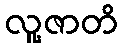
လူ့ဇာတိ